Lunatic asylums Punjab 1881-1894 - 1881-1894
Year: 1881
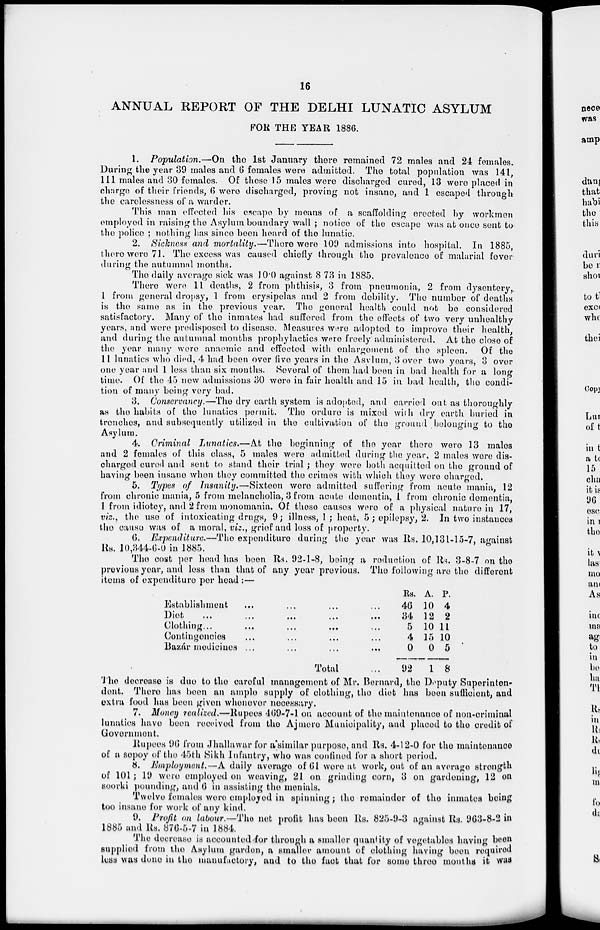
16
ANNUAL REPORT OF THE DELHI LUNATIC ASYLUM
FOR THE YEAR 1886.
1. Population.—On the 1st January there remained 72 males and 24 females.
During the year 39 males and 6 females were admitted. The total population was 141,
111 males and 30 females. Of these 15 males were discharged cured, 13 were placed in
charge of their friends, 6 were discharged, proving not insane, and 1 escaped through
the carelessness of a warder.
This man effected his escape by means of a scaffolding erected by workmen
employed in raising the Asylum boundary wall ; notice of the escape was at once sent to
the police ; nothing has since been heard of the lunatic.
2. Sickness and mortality.—There were 109 admissions into hospital. In 1885,
there were 71. The excess was caused chiefly through the prevalence of malarial fever
during the autumnal months.
The daily average sick was 10.0 against 8 73 in 1885.
There were 11 deaths, 2 from phthisis, 3 from pneumonia, 2 from dysentery,.
1 from general dropsy, 1 from erysipelas and 2 from debility. The number of deaths
is the same as in the previous year. The general health could not be considered
satisfactory. Many of the inmates had suffered from the effects of two very unhealthy
years, and were predisposed to disease. Measures were adopted to improve their health,
and during the autumnal months prophylactics were freely administered. At the close of
the year many were anaemic and effected with enlargement of the spleen. Of the
11 lunatics who died, 4 had been over five years in the Asylum, 3 over two years, 3 over
one year and 1 less than six months. Several of them had been in bad health for a long
time. Of the 45 new admissions 30 were in fair health and 15 in bad health, the condi-
tion of many being very bad.
3. Conservancy.—The dry earth system is adopted, and carried out as thoroughly
as the habits of the lunatics permit. The ordure is mixed with dry earth buried in
trenches, and subsequently utilized in the cultivation of the ground belonging to the
Asylum.
4. Criminal Lunatics.—At the beginning of the year there were 13 males
and 2 females of this class, 5 males were admitted during the year, 2 males were dis-
charged cured and sent to stand their trial; they were both acquitted on the ground of
having been insane when they committed the crimes with which they were charged.
5. Types of Insanity.—Sixteen were admitted suffering from acute mania, 12
from chronic mania, 5 from melancholia, 3 from acute dementia, 1 from chronic dementia,
1 from idiotcy, and 2 from monomania. Of these causes were of a physical nature in 17,
viz., the use of intoxicating drugs, 9; illness, 1 ; heat, 5; epilepsy, 2. In two instances
the cause was of a moral, viz., grief and loss of property.
6. Expenditure.—The expenditure during the year was Rs. 10,131-15-7, against
Rs. 10,344-6-0 in 1885.
The cost per head has been Rs. 92-1-8, being a reduction of Rs. 3-8-7 on the
previous year, and less than that of any year previous. The following are the different
items of expenditure per head :—
Establishment ... ... ... ...
Diet
...
...
...
...
...
Clothing... ... ... ... ...
Contingencies ... ... ... ...
Bazár medicines ... ... ... ...
Total ...
Rs.
46
34
5
4
0
92
A.
10
12
10
15
0
1
P.
4
2
11
10
5
8
The decrease is due to the careful management of Mr. Bernard, the Deputy Superinten-
dent. There has been an ample supply of clothing, the diet has been sufficient, and
extra food has been given whenever necessary.
7. Money realized.—Rupees 469-7-1 on account of the maintenance of non-criminal
lunatics have been received from the Ajmere Municipality, and placed to the credit of
Government.
Rupees 96 from Jhallawar for a similar purpose, and Rs. 4-12-0 for the maintenance
of a sepoy of the 45th Sikh Infantry, who was confined for a short period.
8. Employment.—A daily average of 61 were at work, out of an average strength
of 101 ;19 were employed on weaving, 21 on grinding corn, 3 on gardening, 12 on
soorki pounding, and 6 in assisting the menials.
Twelve females were employed in spinning ; the remainder of the inmates being
too insane for work of any kind.
9. Profit on labour.—The net profit has been Rs. 825-9-3 against Rs. 963-8-2 in
1885 and Rs. 876-5-7 in 1884.
The decrease is accounted for through a smaller quantity of vegetables having been
supplied from the Asylum garden, a smaller amount of clothing having been required
less was done in the manufactory, and to the fact that for some three months it was